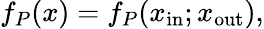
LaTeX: f_{P}(x)=f_{P}(x_{\mathrm{in}};x_{\mathrm{out}}),